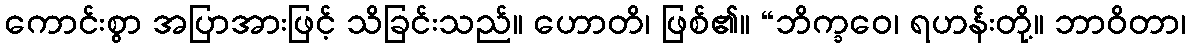
ကောင်းစွာ အပြာအားဖြင့် သိခြင်းသည်။ ဟောတိ၊ ဖြစ်၏။ “ဘိက္ခဝေ၊ ရဟန်းတို့။ ဘာဝိတာ၊